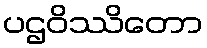
ပဌဝိဿိတော